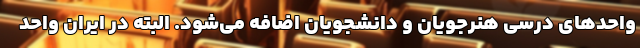
واحدهای درسی هنرجویان و دانشجویان اضافه می‌شود. البته در ایران واحد